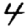
Digit: 4